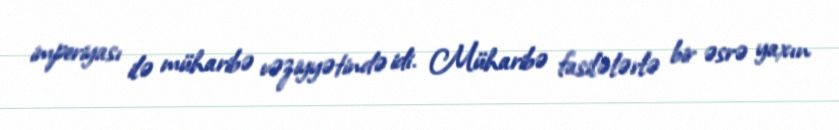
imperiyası ilə müharibə vəziyyətində idi. Müharibə fasilələrlə bir əsrə yaxın